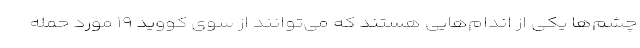
چشم‌ها یکی از اندام‌هایی هستند که می‌توانند از سوی کووید ۱۹ مورد حمله